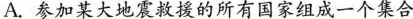
A.参加某大地震救援的所有国家组成一个集合